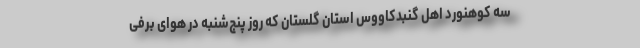
سه کوهنورد اهل گنبدکاووس استان گلستان که روز پنج‌شنبه در هوای برفی